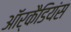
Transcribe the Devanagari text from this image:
ऑर्कैडियंस